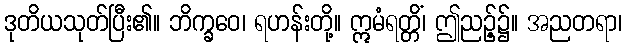
ဒုတိယသုတ်ပြီး၏။ ဘိက္ခဝေ၊ ရဟန်းတို့။ ဣမံရတ္တိံ၊ ဤညဉ့်၌။ အညတရာ၊